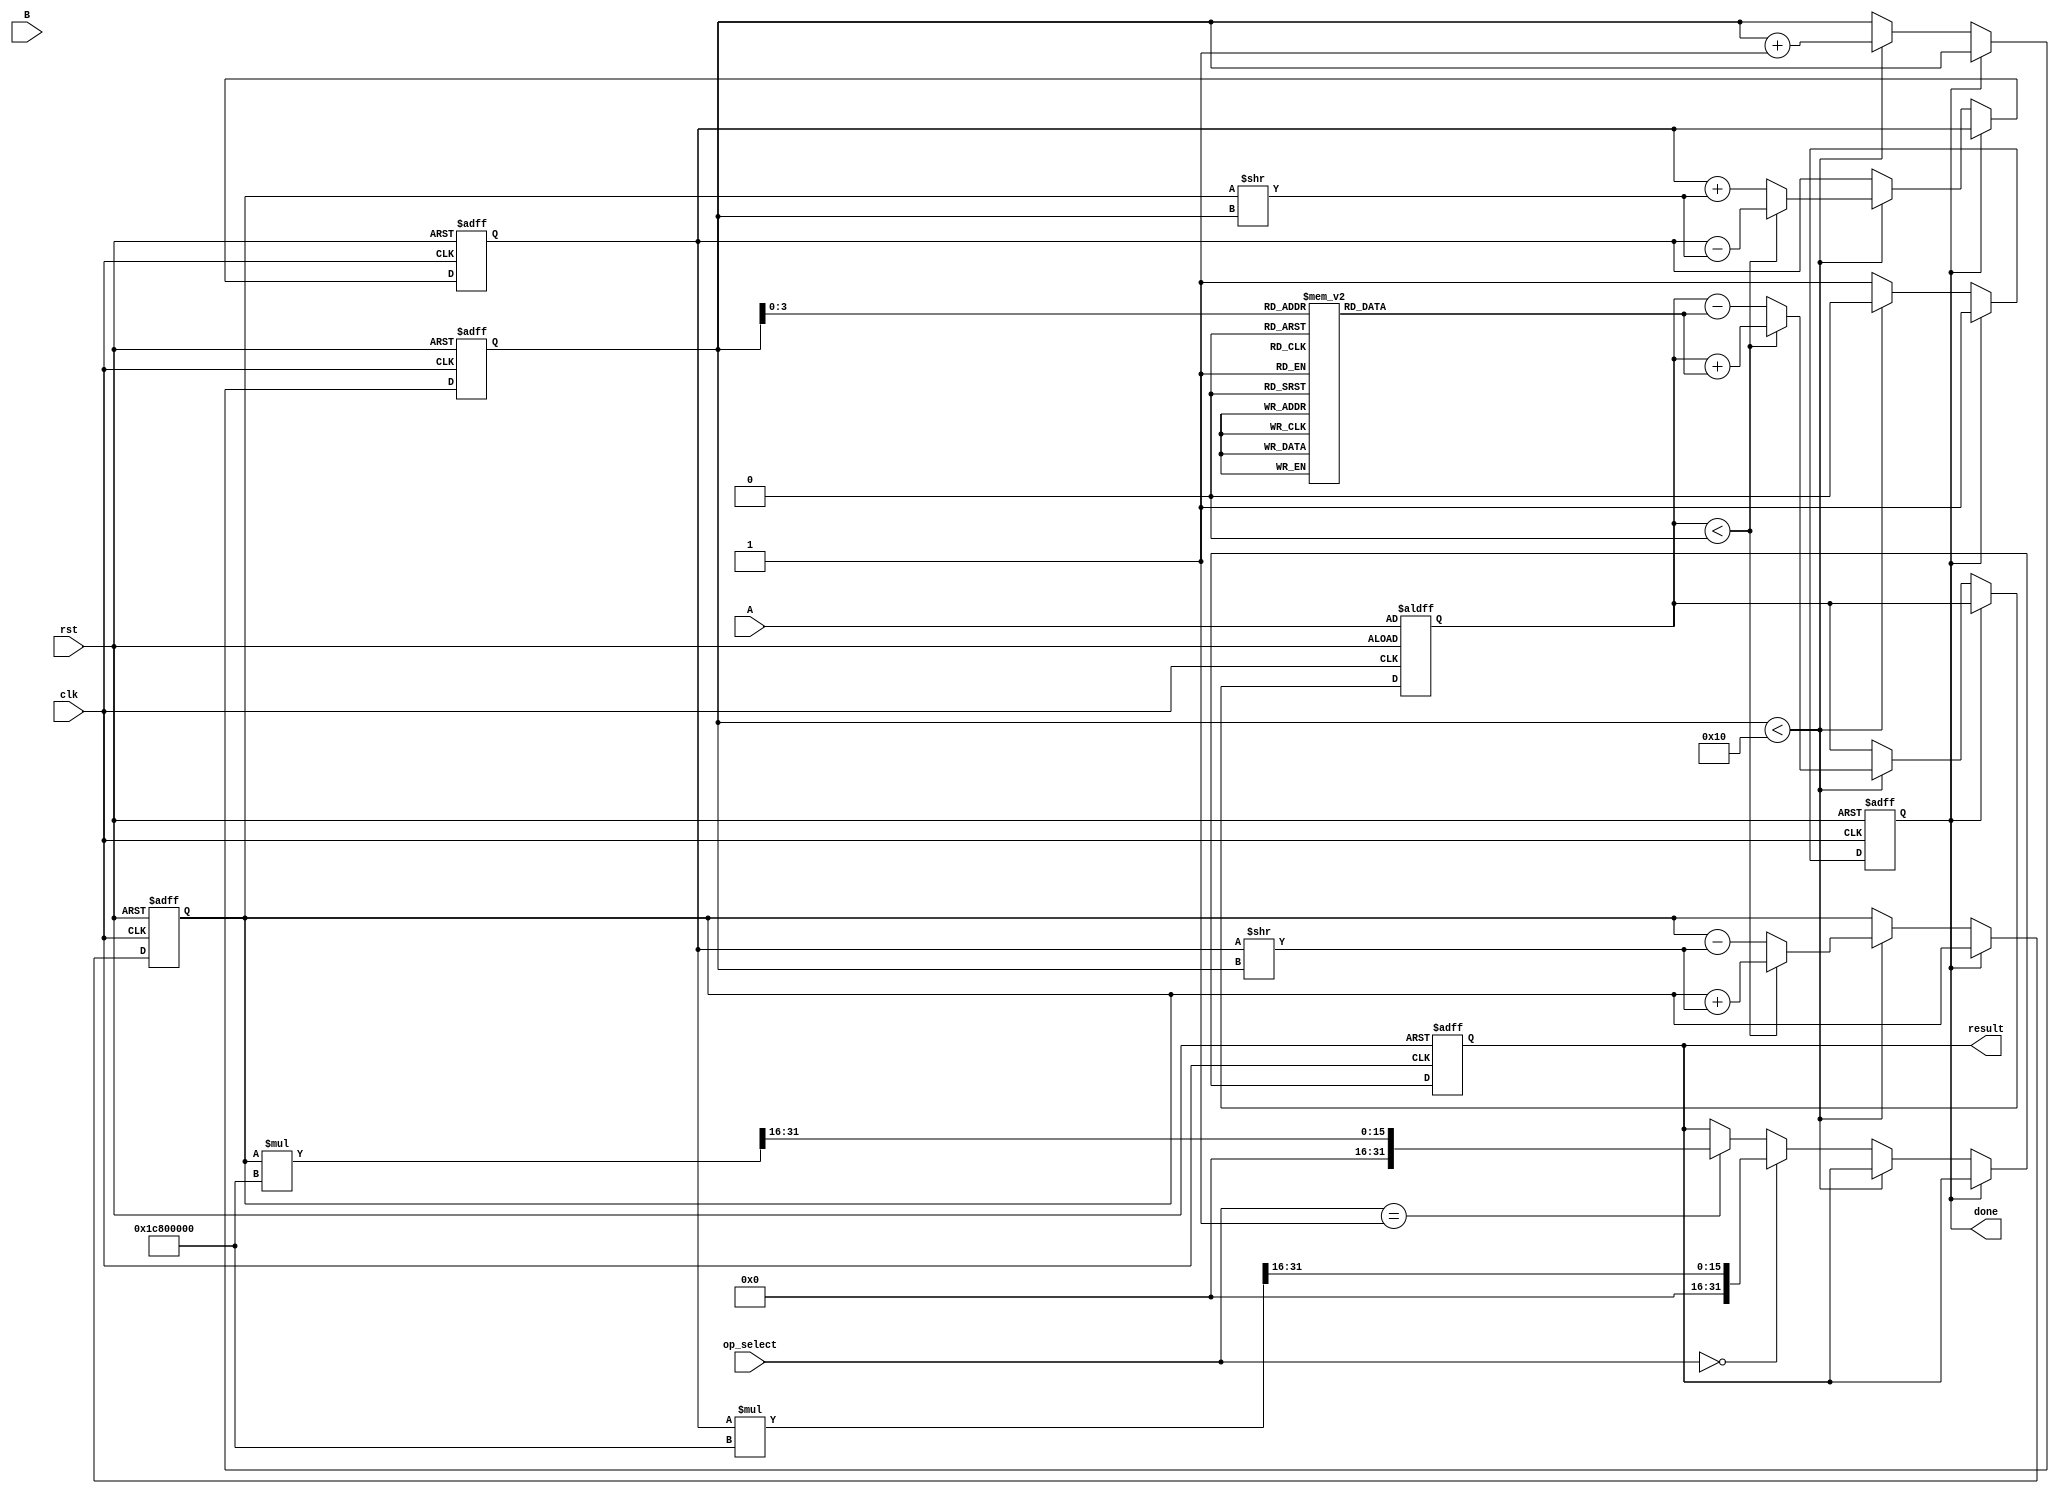
module cordic_fp (
    input wire clk,
    input wire rst,
    input wire [31:0] A, // Floating-point operand A
    input wire [31:0] B, // Floating-point operand B (angle for rotation)
    input wire [2:0] op_select, // Operation select: 0=sine, 1=cosine, 2=tangent, etc.
    output reg [31:0] result, // Result in floating-point format
    output reg done // Operation completion flag
);

    // Constants
    parameter NUM_ITERATIONS = 16; // Number of CORDIC iterations
    reg [31:0] atan_table [0:NUM_ITERATIONS-1]; // Lookup table for arctangent values
    reg [31:0] x, y, z; // CORDIC variables
    reg [4:0] i; // Iteration counter
    reg [31:0] scale_factor; // Scaling factor for normalization

    // Initialize arctangent values (in radians, scaled)
    initial begin
        atan_table[0] = 32'h20000000; // atan(1) = pi/4
        atan_table[1] = 32'h14000000; // atan(0.5) = pi/6
        atan_table[2] = 32'h0A000000; // atan(0.25) = pi/12
        // ... Fill in the rest of the atan_table
    end

    // Scaling factor for CORDIC
    initial begin
        scale_factor = 32'h1C800000; // Approximation of 1/sqrt(2^NUM_ITERATIONS)
    end

    // State machine for CORDIC operation
    always @(posedge clk or posedge rst) begin
        if (rst) begin
            x <= 32'h40000000; // Initial x = 1.0
            y <= 32'h00000000; // Initial y = 0.0
            z <= A; // Input angle
            i <= 0;
            done <= 0;
            result <= 32'h00000000; // Default result
        end else if (!done) begin
            if (i < NUM_ITERATIONS) begin
                // CORDIC rotation
                if (z < 0) begin
                    // Rotate clockwise
                    x <= x + (y >> i);
                    y <= y - (x >> i);
                    z <= z + atan_table[i];
                end else begin
                    // Rotate counter-clockwise
                    x <= x - (y >> i);
                    y <= y + (x >> i);
                    z <= z - atan_table[i];
                end
                i <= i + 1;
            end else begin
                // Apply scaling factor
                if (op_select == 0) // Sine
                    result <= (y * scale_factor) >> 16; // Scale and shift
                else if (op_select == 1) // Cosine
                    result <= (x * scale_factor) >> 16; // Scale and shift
                // Handle other operations as needed
                done <= 1; // Mark operation as done
            end
        end
    end

endmodule